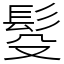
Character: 䯴